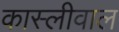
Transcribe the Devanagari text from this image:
कास्लीवाल